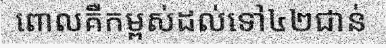
ពោលគឺកម្ពស់ដល់ទៅ៤២ជាន់